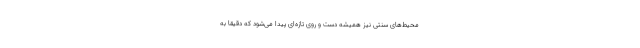
محیط‌های سنتی نیز همیشه دست و روی تازه‌ای پیدا می‌شود که دقیقا به